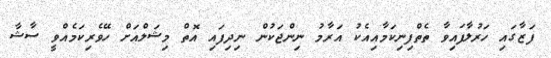
ފަޒާގައި ހަރުލާފައިވާ ތެތްފިނިކަމާއިއެކު އަރާމު ނިންޖަކުން ނިދިފައި އޮތް މިޝަލްއަށް ހޭވެރިކަމެއްވީ ސާޝާ